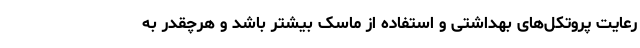
رعایت پروتکل‌های بهداشتی و استفاده از ماسک بیشتر باشد و هرچقدر به